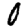
Digit: 0